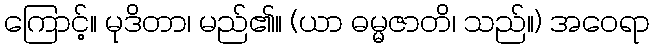
ကြောင့်။ မုဒိတာ၊ မည်၏။ (ယာ ဓမ္မဇာတိ၊ သည်။) အဝေရာ